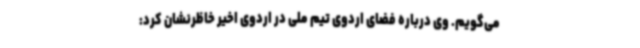
می‌گویم. وی درباره فضای اردوی تیم ملی در اردوی اخیر خاظرنشان کرد: